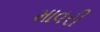
માવરી